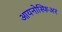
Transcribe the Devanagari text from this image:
आयनोस्फिअर